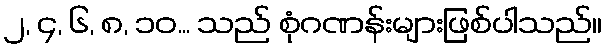
၂, ၄, ၆, ၈, ၁၀... သည် စုံဂဏန်းများဖြစ်ပါသည်။